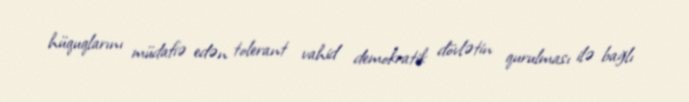
hüquqlarını müdafiə edən tolerant vahid demokratik dövlətin qurulması ilə bağlı